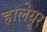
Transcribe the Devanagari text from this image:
हालेयूर